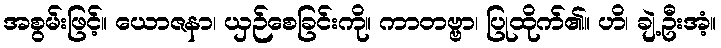
အစွမ်းဖြင့်။ ယောဇနာ၊ ယှဉ်စေခြင်းကို။ ကာတဗ္ဗာ၊ ပြုထိုက်၏။ ဟိ၊ ချဲ့ဦးအံ့။